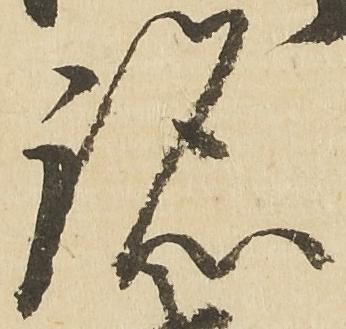
跡